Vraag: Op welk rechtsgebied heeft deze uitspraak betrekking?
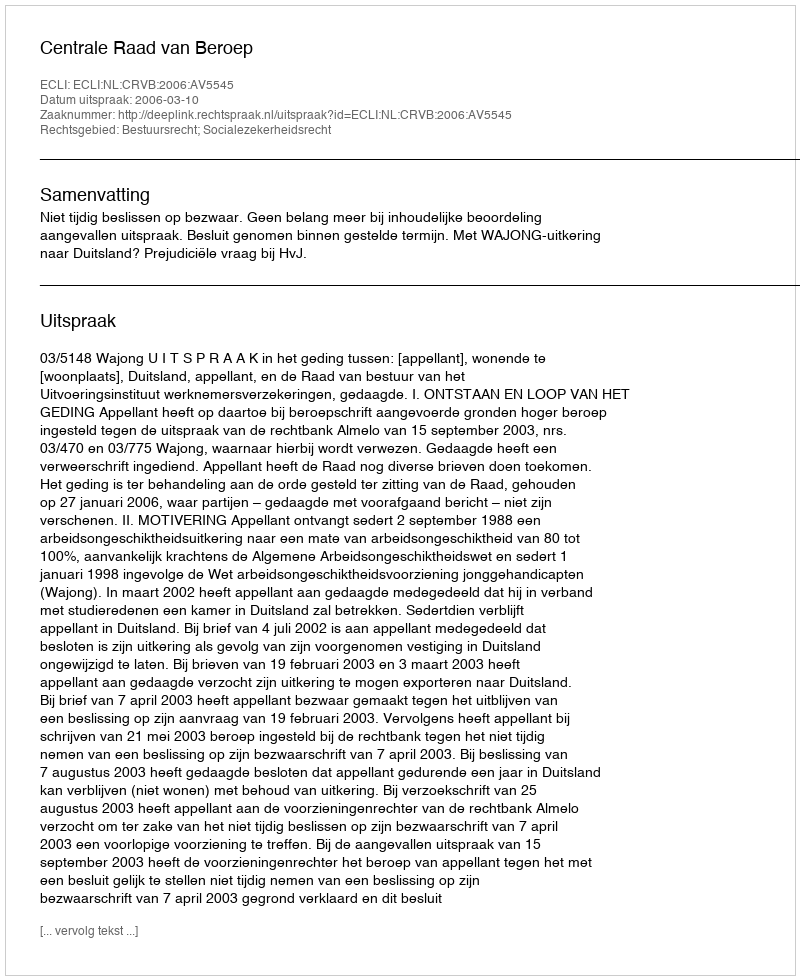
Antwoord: Bestuursrecht; Socialezekerheidsrecht